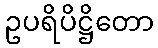
ဥပရိပိဋ္ဌိတော